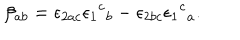
LaTeX: \beta _ { a b } = \epsilon _ { 2 a c } \epsilon { _ 1 } { ^ c } _ { b } - \epsilon _ { 2 b c } \epsilon { _ 1 } { ^ c } _ { a } .